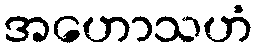
အဟောသဟံ